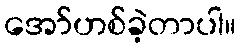
အော်ဟစ်ခဲ့တာပါ။